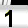
Digit: 1